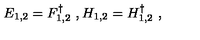
E _ { 1 , 2 } = F _ { 1 , 2 } ^ { \dagger } \ , H _ { 1 , 2 } = H _ { 1 , 2 } ^ { \dagger } \ ,